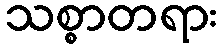
သစ္စာတရား